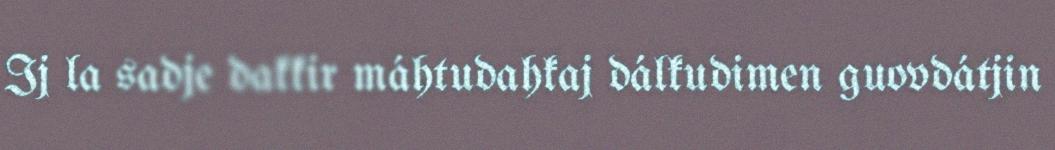
Ij la sadje dakkir máhtudahkaj dálkudimen guovdátjin